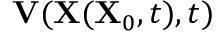
\mathbf { V } ( \mathbf { X } ( \mathbf { X } _ { 0 } , t ) , t )